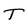
Character: T